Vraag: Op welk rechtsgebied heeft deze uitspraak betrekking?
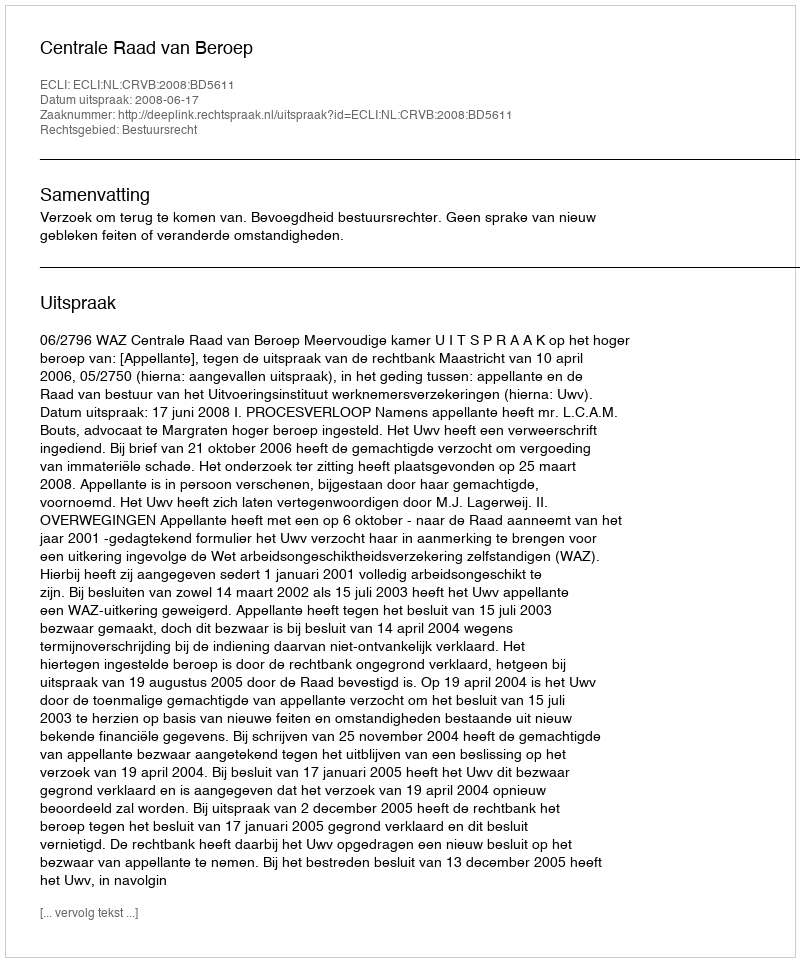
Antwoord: Bestuursrecht